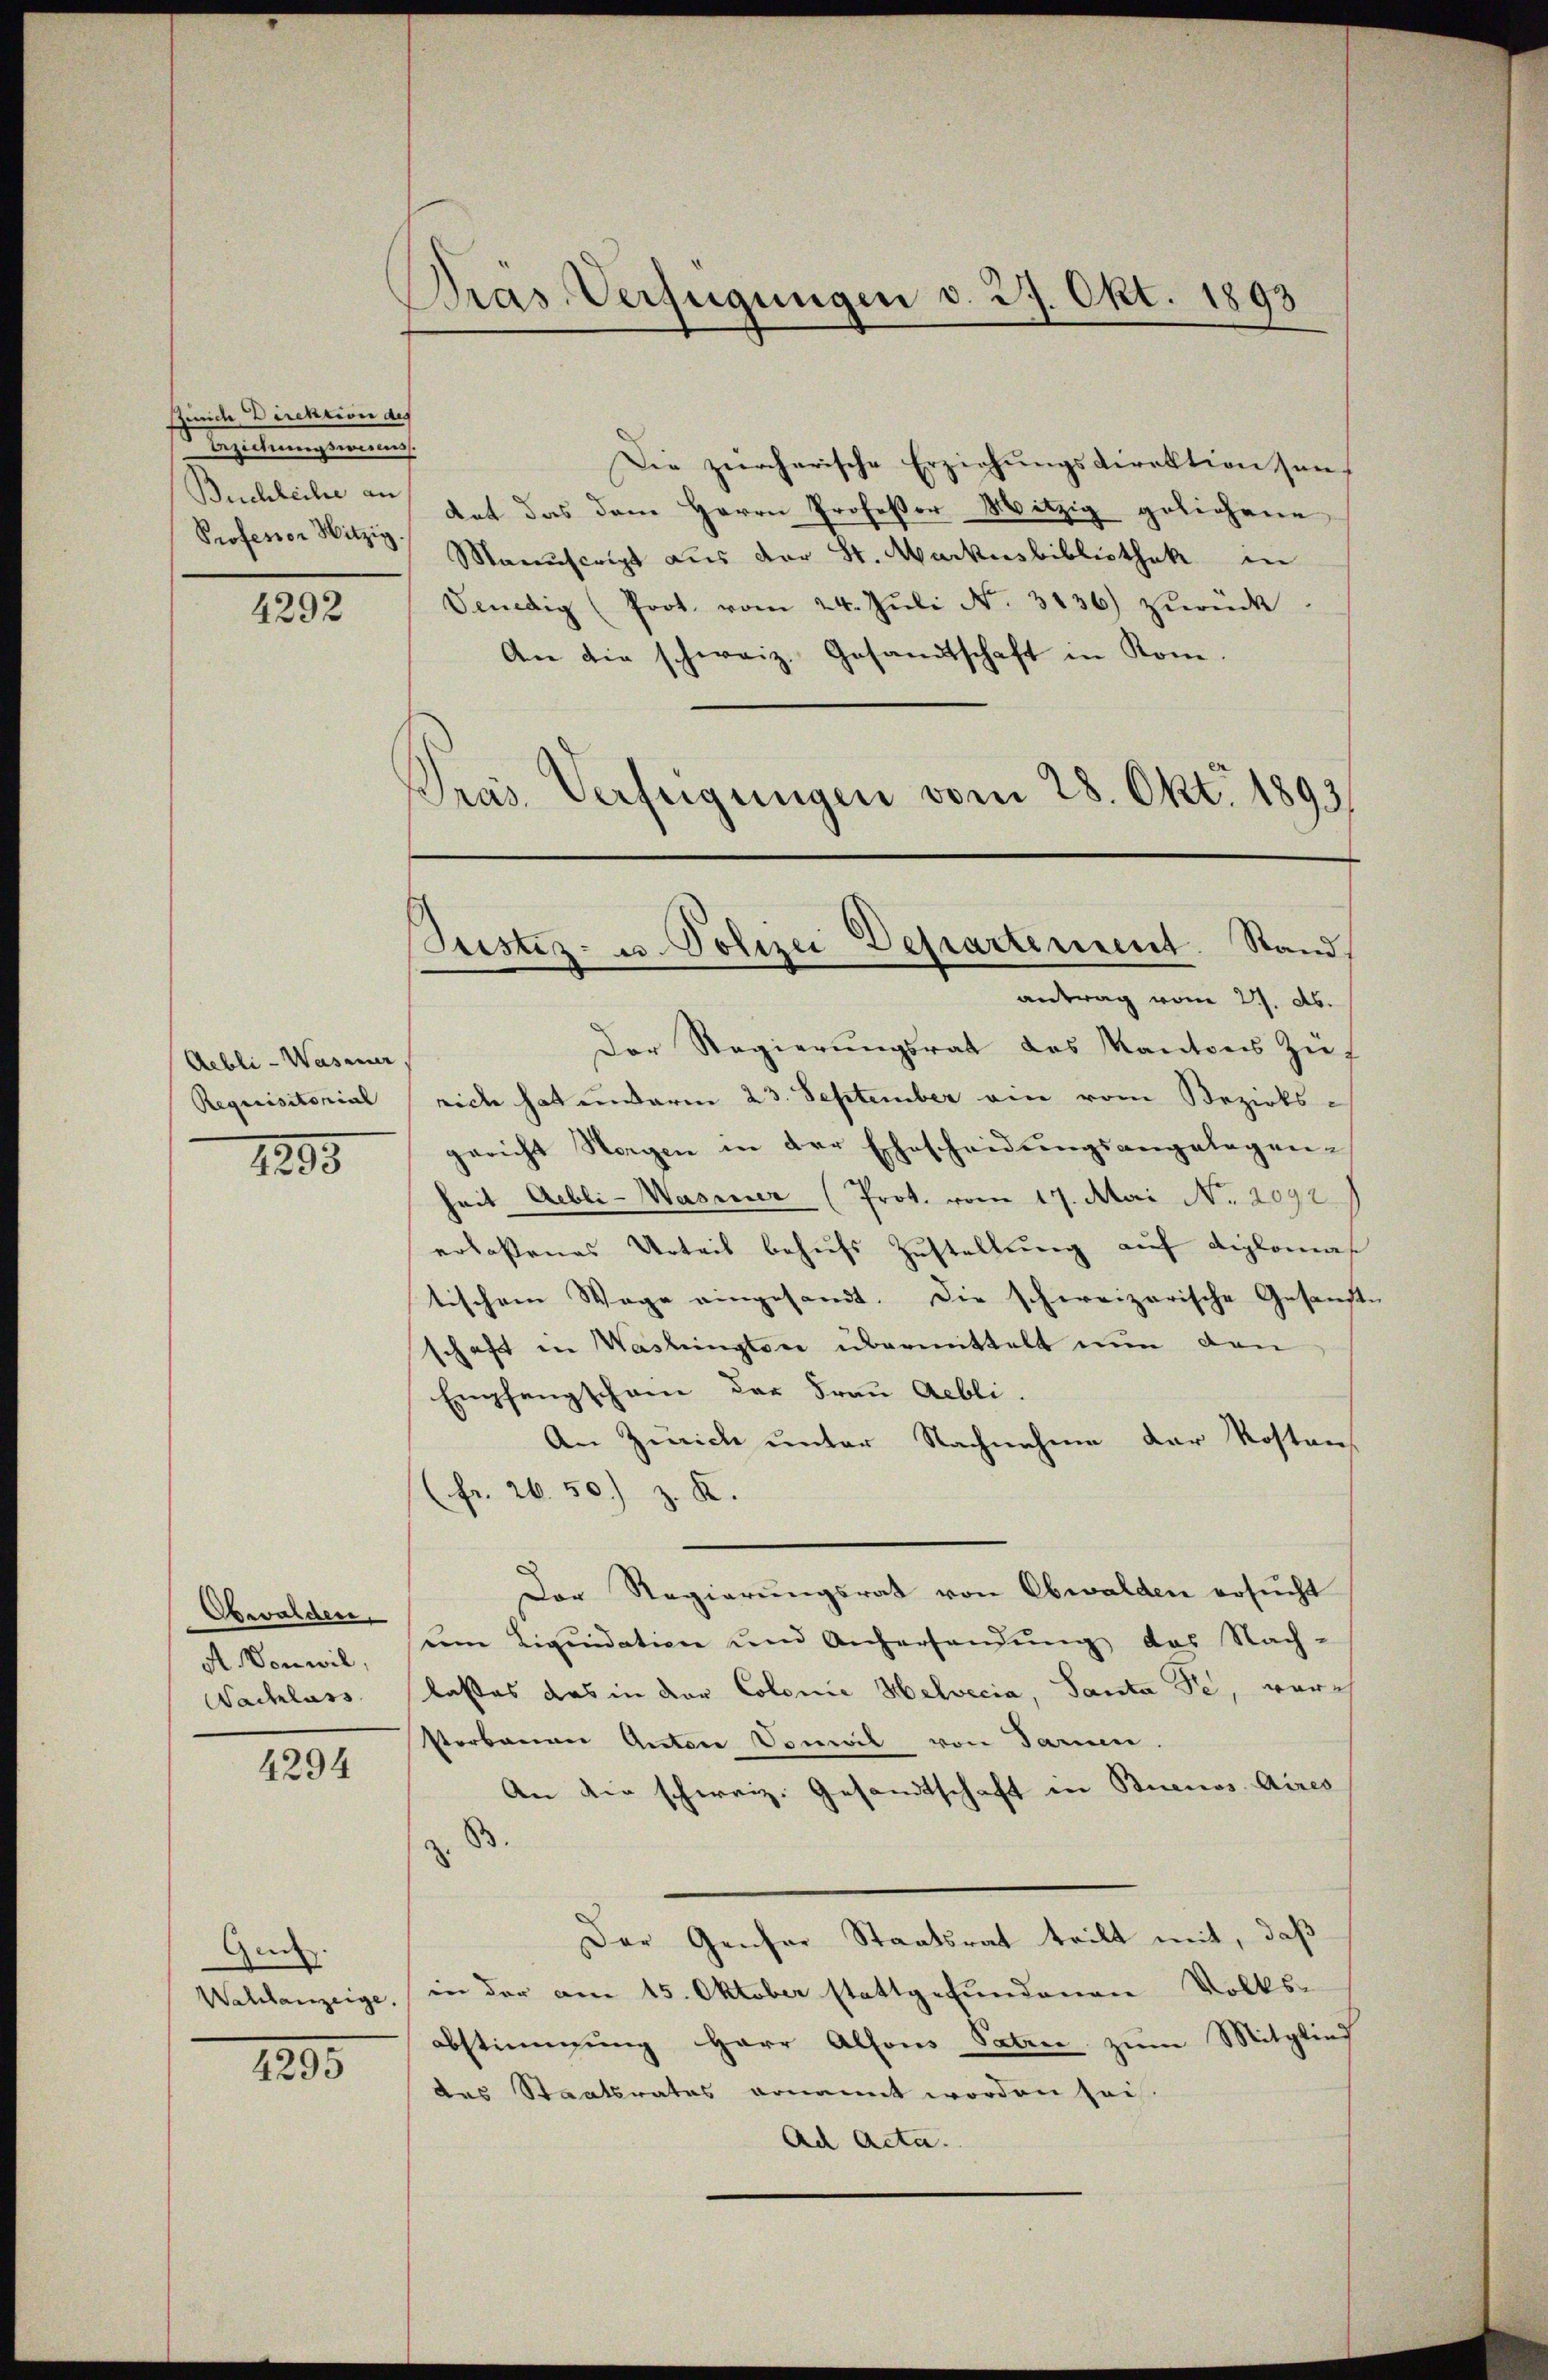
Remich Direktion des
Beziehungswins.

4292

Aebli-Wasener,
Requisitorial

1895

Obwalden.
A. Vonwil,
Nachlass

4294

Gen.
Wahlanzeige.

4295

Präs. Verfügungen d. 27. Okt. 1893

Die zürcherische Erziehungsdirektion sei,
Buchleihe in hat das dem Herrn Professor Mitzig geliehene
Professor Witz Manuscript aus der St. Markusbibliothek in
Venedig (Prot. vom 24. Jŭli N. 3136) zŭrück.
An die schweiz. Gesandtschaft in Rom.
Pras. Verfeigungen vom 28. Okt. 1893,

Justiz- u. Polizei Departement. Stand,

antrag vom 27. Ab.
Der Regierungsrat des Kantons Zürich hat anderm 23. September ein vom Bezirksgericht Sagen in der Ehescheidungsangelegen-
heit Abli-Wasner (Prot. vom 17. Mai No. 2092
erlaßenes Urteil behufs Zustellung auf diplomas
tischem Wege eingesandt. Die schweizerische Gesandte
schaft in Washington übermittelt nun den
Empfangscham der Frau gebli
An Zürich unter Nachnahme der Kostens
(Fr. 26. 50) z. K.
Der Regierungsrat von Obwalden ersucht
dem Liquidation und Anhersandŭng des Nach-
laßes das in der Colonie Helvecia, Santa de, ware
Porbauen Anstere Sonwil von Tarnen
An die schweiz. Gesandtschaft in Buenos Aires
.
Der Genfer Staatsrat teilt mit, daß
in der am 15. Oktober stattgefundenen Volks-
abstimmung Herr Alfons Satze zum Mitglied
des Staatsrates ernannt worden sei
Ad Acta.